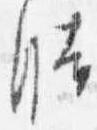
時